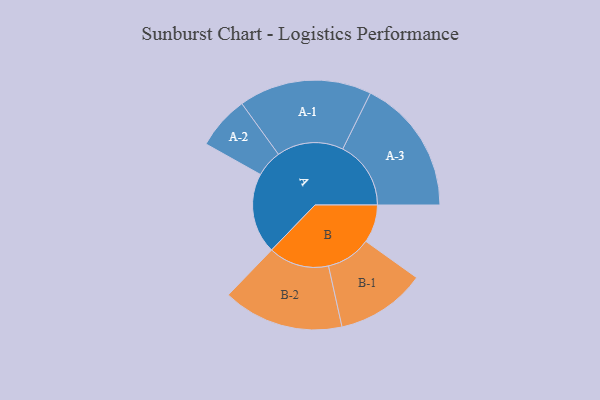
{"axis": {"x": "Segment", "y": "Value"}, "legend": ["", "A", "B"], "data": [{"x": "A", "y": 305, "type": ""}, {"x": "B", "y": 144, "type": ""}, {"x": "A-1", "y": 252, "type": "A"}, {"x": "A-2", "y": 101, "type": "A"}, {"x": "A-3", "y": 258, "type": "A"}, {"x": "B-1", "y": 170, "type": "B"}, {"x": "B-2", "y": 229, "type": "B"}]}